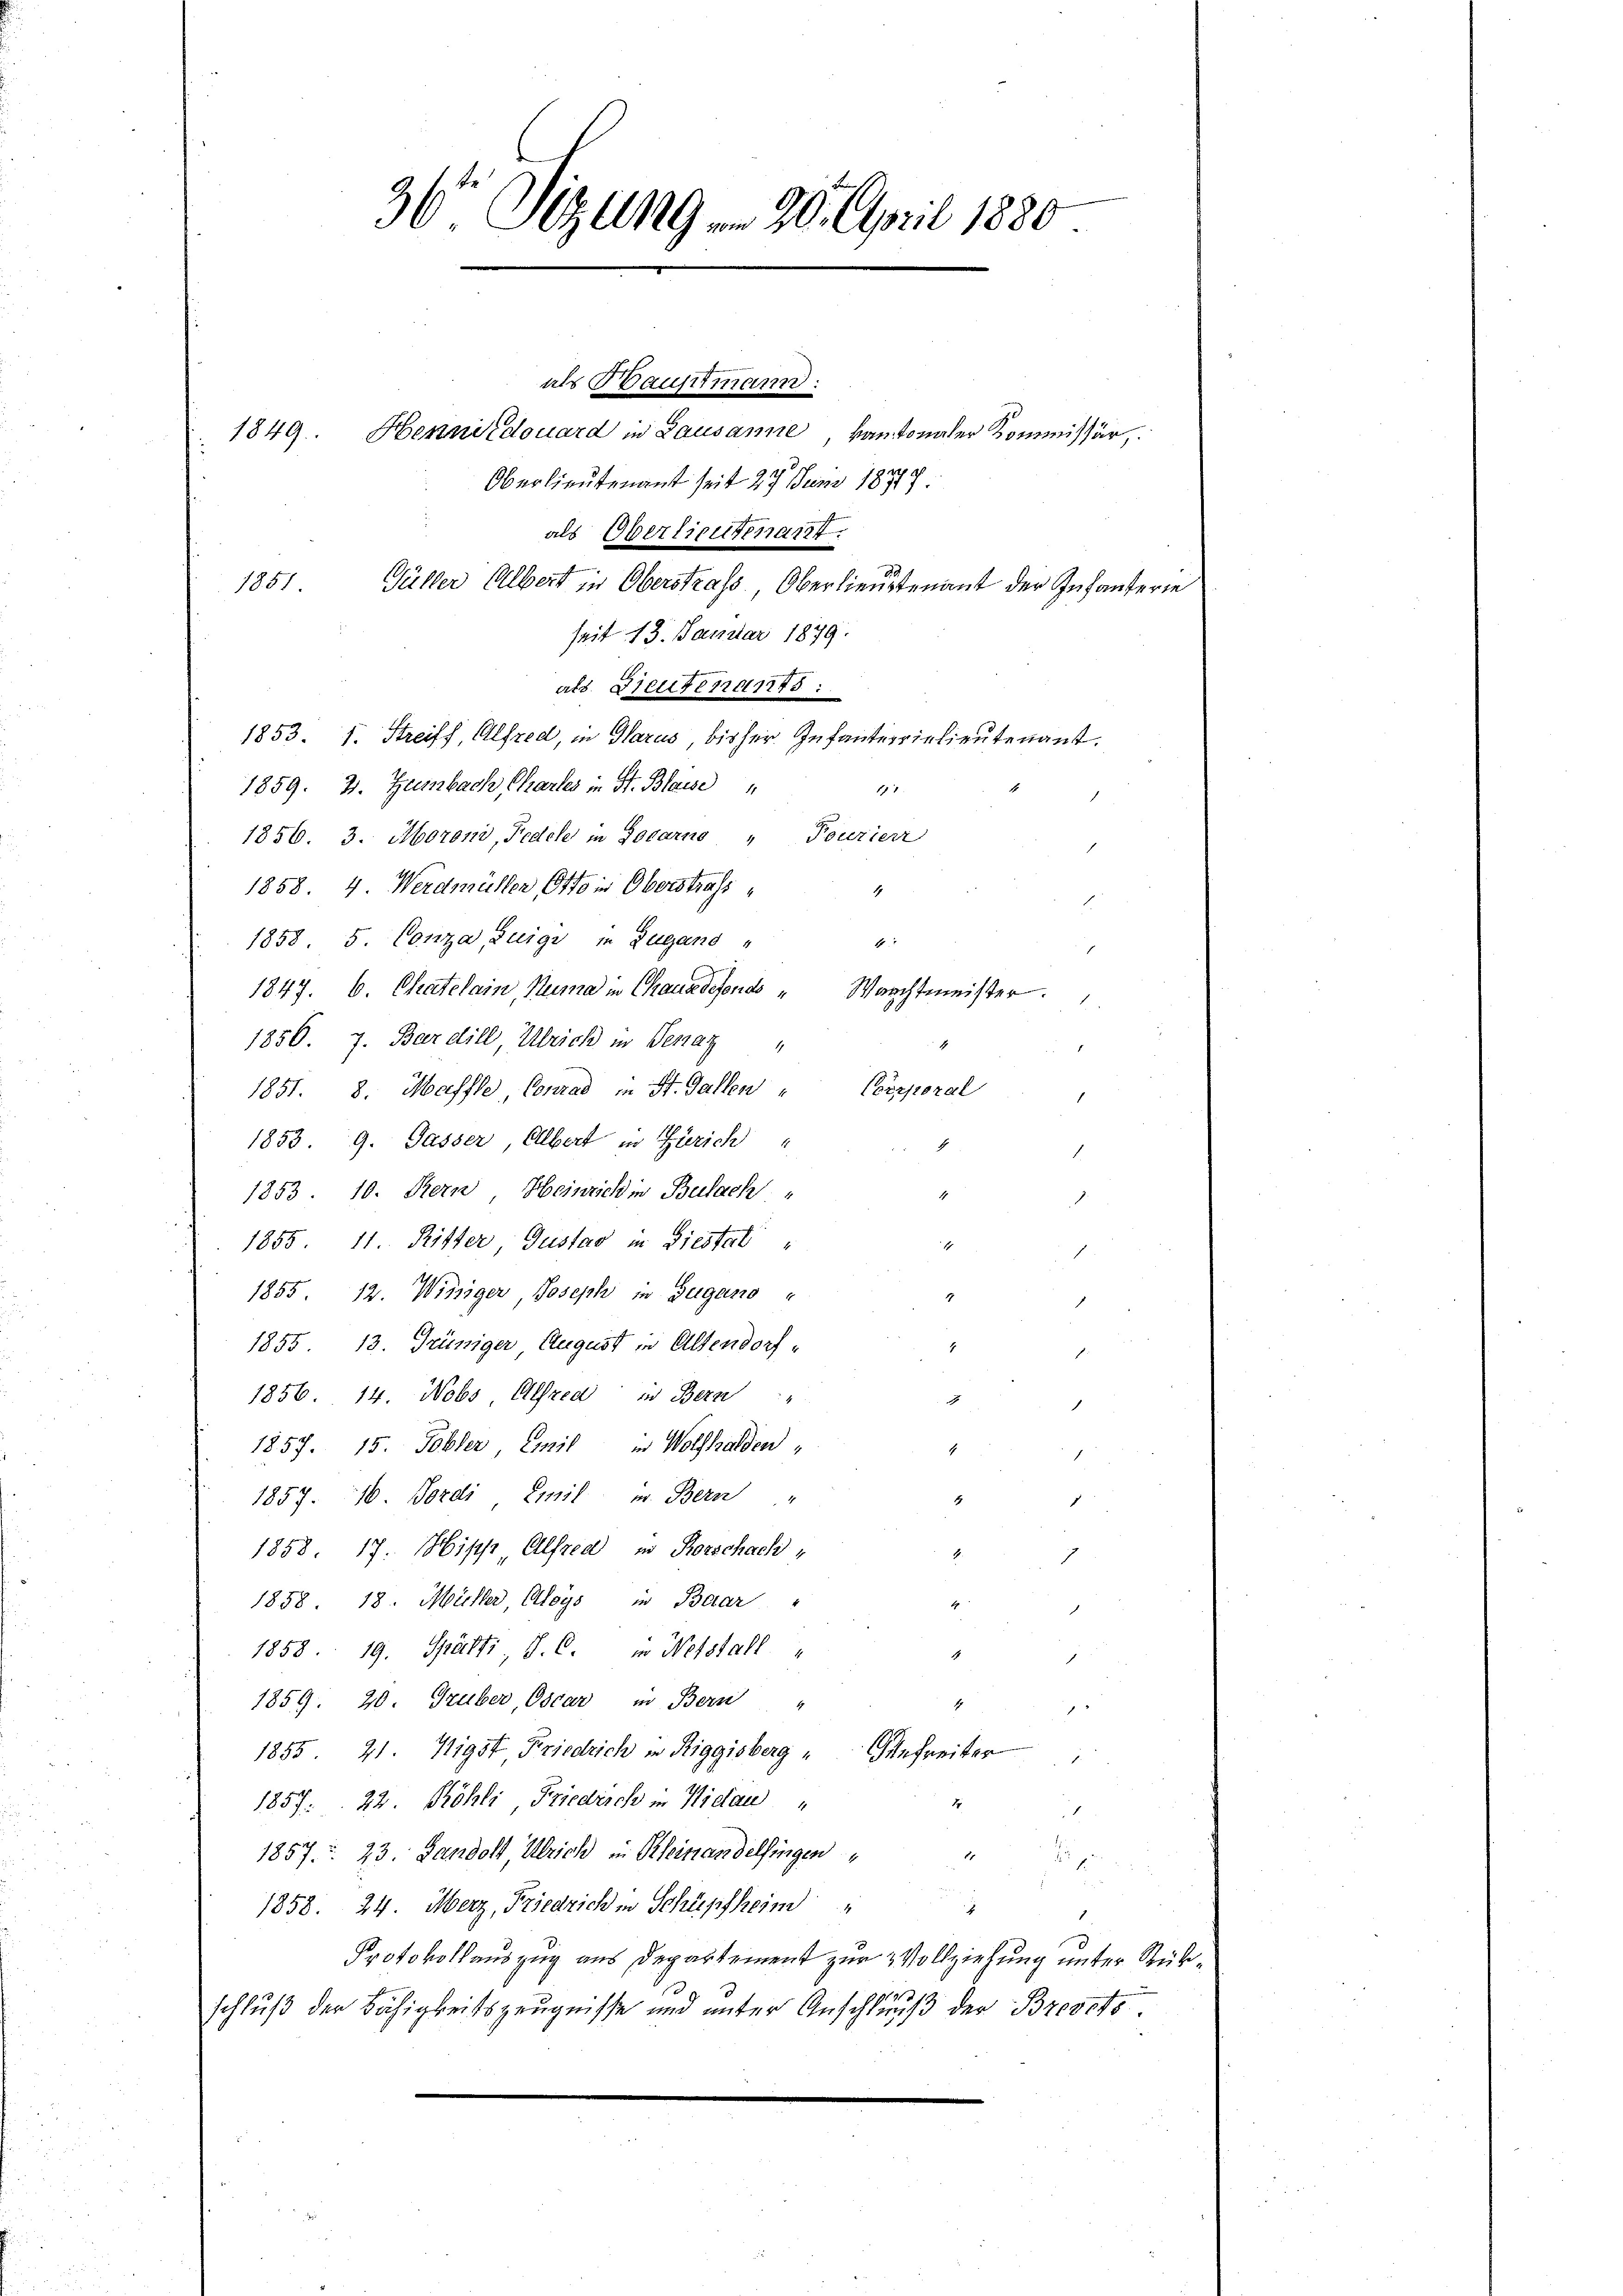
36 Sizung  20. April 1880.

1851
seit 13. Januar 1879.

als Baustmann:
1849. Henniidouard in Lausanne kantonaler Kommissär,
7
Oberlieutenant seit 27 Juni 18777.
als Oberlieutenart.
Güller Albert in Oberstrafs, Oberlieutenant der Zufanferie
als. Dieutenan75:
1853. 1. Streiff, Alfred, in Harus, bisher. Infanterrielieutenant.
1859. 3. Heimbach, Kartes in St. Blasse
171
1856. 3. Morond, Fedele in Locarno " Fourierr
1858. 4. Werdmüller Otto in Oberstrafs
1
1858 5. Conza, Luigi in Zugand

1847. 6. Chatelain, Numa in Chaus defend " Warchtmeister.
1856. 7. Bardill Ulrich in Genaz
Corporal
1851. 8. Maffle Conrad in St. Gallen
1853 9. Dasser, Albert in Zürich
4
2
1853. 10. Bern, Heinrich in Bulach
1
.
h
1855, 11. Ritter Gustav in Siestal
E
1855. 12. Winiger, Joseph in Zugano
.
1855. 13. Grüniger August in Altendorf,
E
e
1856. 14. Nobs Alfred in Bern
e
1857. 15. Tobler, Emil in Wolfhalden,
4
1
1857. 16. Ferdi Emil u. Bern "
4
2
1858. 17. Misse, Alfred in Rorschach
4.
1
1858. 18. Müller, Aloys in Baar
E
.
1858. 19. Spätti J. C. in Webstall
2
1859. 20. Gruber, Oscar in Bern
4
 2.
1855. 21. Nigst Friedrich in Riggisberg u Anfreiter
22.
1857. 22. Röhli, Friedrich in Nidau "
1
2
1857. 23. Landolt, Ulrich in Rheinandelfingen
1
p
1858. 24. Merz, Friedrich in Schüpfheim
f
1.
Protokollauszug aus Departement zur Vollziehung unter Rük¬
21
schluß der Bähigkeitszeugnisse und unter Anschluß der Brevets